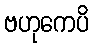
ဗဟုကေပိ